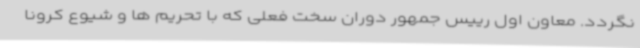
نگردد. معاون اول رییس جمهور دوران سخت فعلی که با تحریم ها و شیوع کرونا